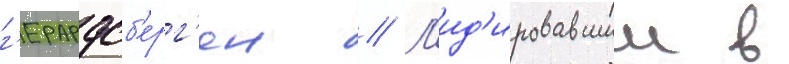
г'ерардсб'ерг'ен // Л'ид'ировавшии в